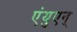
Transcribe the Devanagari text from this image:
एंयुएन्